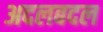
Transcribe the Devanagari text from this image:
अदलबदल